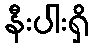
နီးပါးရှိ